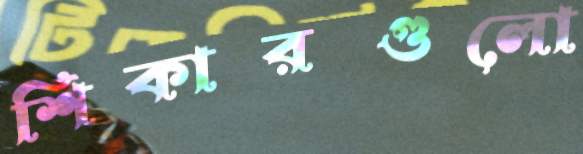
শিকারগুলো